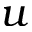
u